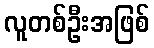
လူတစ်ဦးအဖြစ်